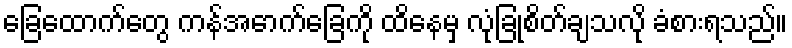
ခြေထောက်တွေ ကန်အောက်ခြေကို ထိနေမှ လုံခြုံစိတ်ချသလို ခံစားရသည်။